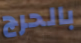
بالحرج